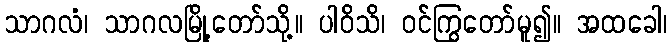
သာဂလံ၊ သာဂလမြို့တော်သို့။ ပါဝိသိ၊ ဝင်ကြွတော်မူ၍။ အထခေါ၊